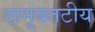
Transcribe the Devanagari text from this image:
दानूबतटीय